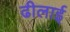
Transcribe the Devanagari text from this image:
ढीलाई